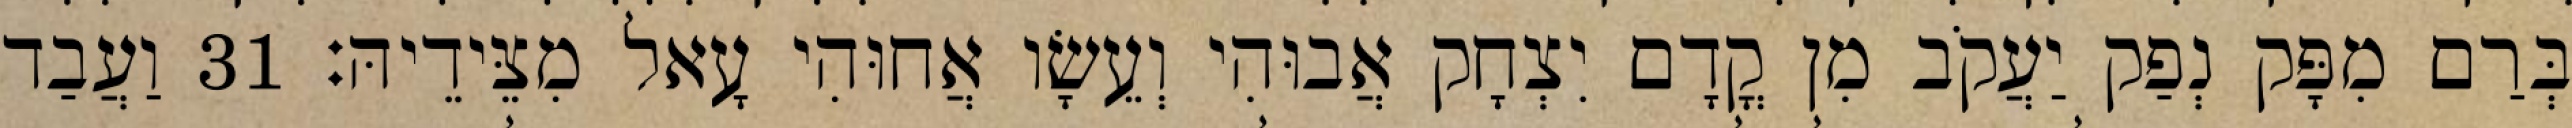
בְּרַם מִפָּק נְפַק יַעֲקֹב מִן קֳדָם יִצְחָק אֲבוּהִי וְעֵשָׂו אֲחוּהִי עָאל מִצֵּידֵיהּ׃ 31 וַעֲבַד